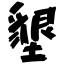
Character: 墾